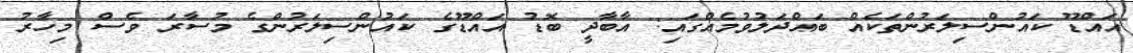
އައްޑޫ ކައުންސިލަރުންތަކެއް ބައްދަލުވުމެއްގައި: އާބާދީ ބޮޑު އައްޑޫގެ ކައުންސިލަރުންގެ މުސާރަ ވެސް މިހާރު